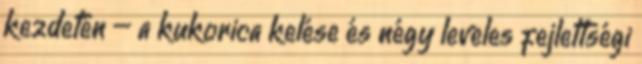
kezdetén – a kukorica kelése és négy leveles fejlettségi